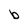
Character: b